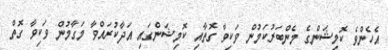
އެހެންވެ ކޮމިޝަންގެ މެންބަރުކަމުން ވަކިވާ ގޮތާއި ކޮމިޝަންގައި އަދާކުރައްވާ މަގާމުން ވަކިވާ ގޮތް